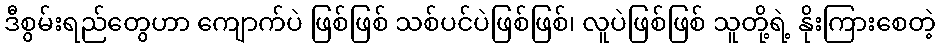
ဒီစွမ်းရည်တွေဟာ ကျောက်ပဲ ဖြစ်ဖြစ် သစ်ပင်ပဲဖြစ်ဖြစ်၊ လူပဲဖြစ်ဖြစ် သူတို့ရဲ့ နိုးကြားစေတဲ့